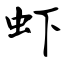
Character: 虾